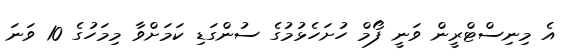
އެ މިނިސްޓްރީން ވަނީ ފޯމް ހުށަހެޅުމުގެ ސުންގަޑި ކަމަށްވާ މިމަހުގެ 10 ވަނަ